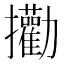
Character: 𪯄